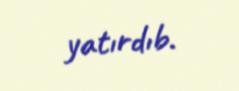
yatırdıb.